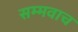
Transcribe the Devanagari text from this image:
सम्मवाच